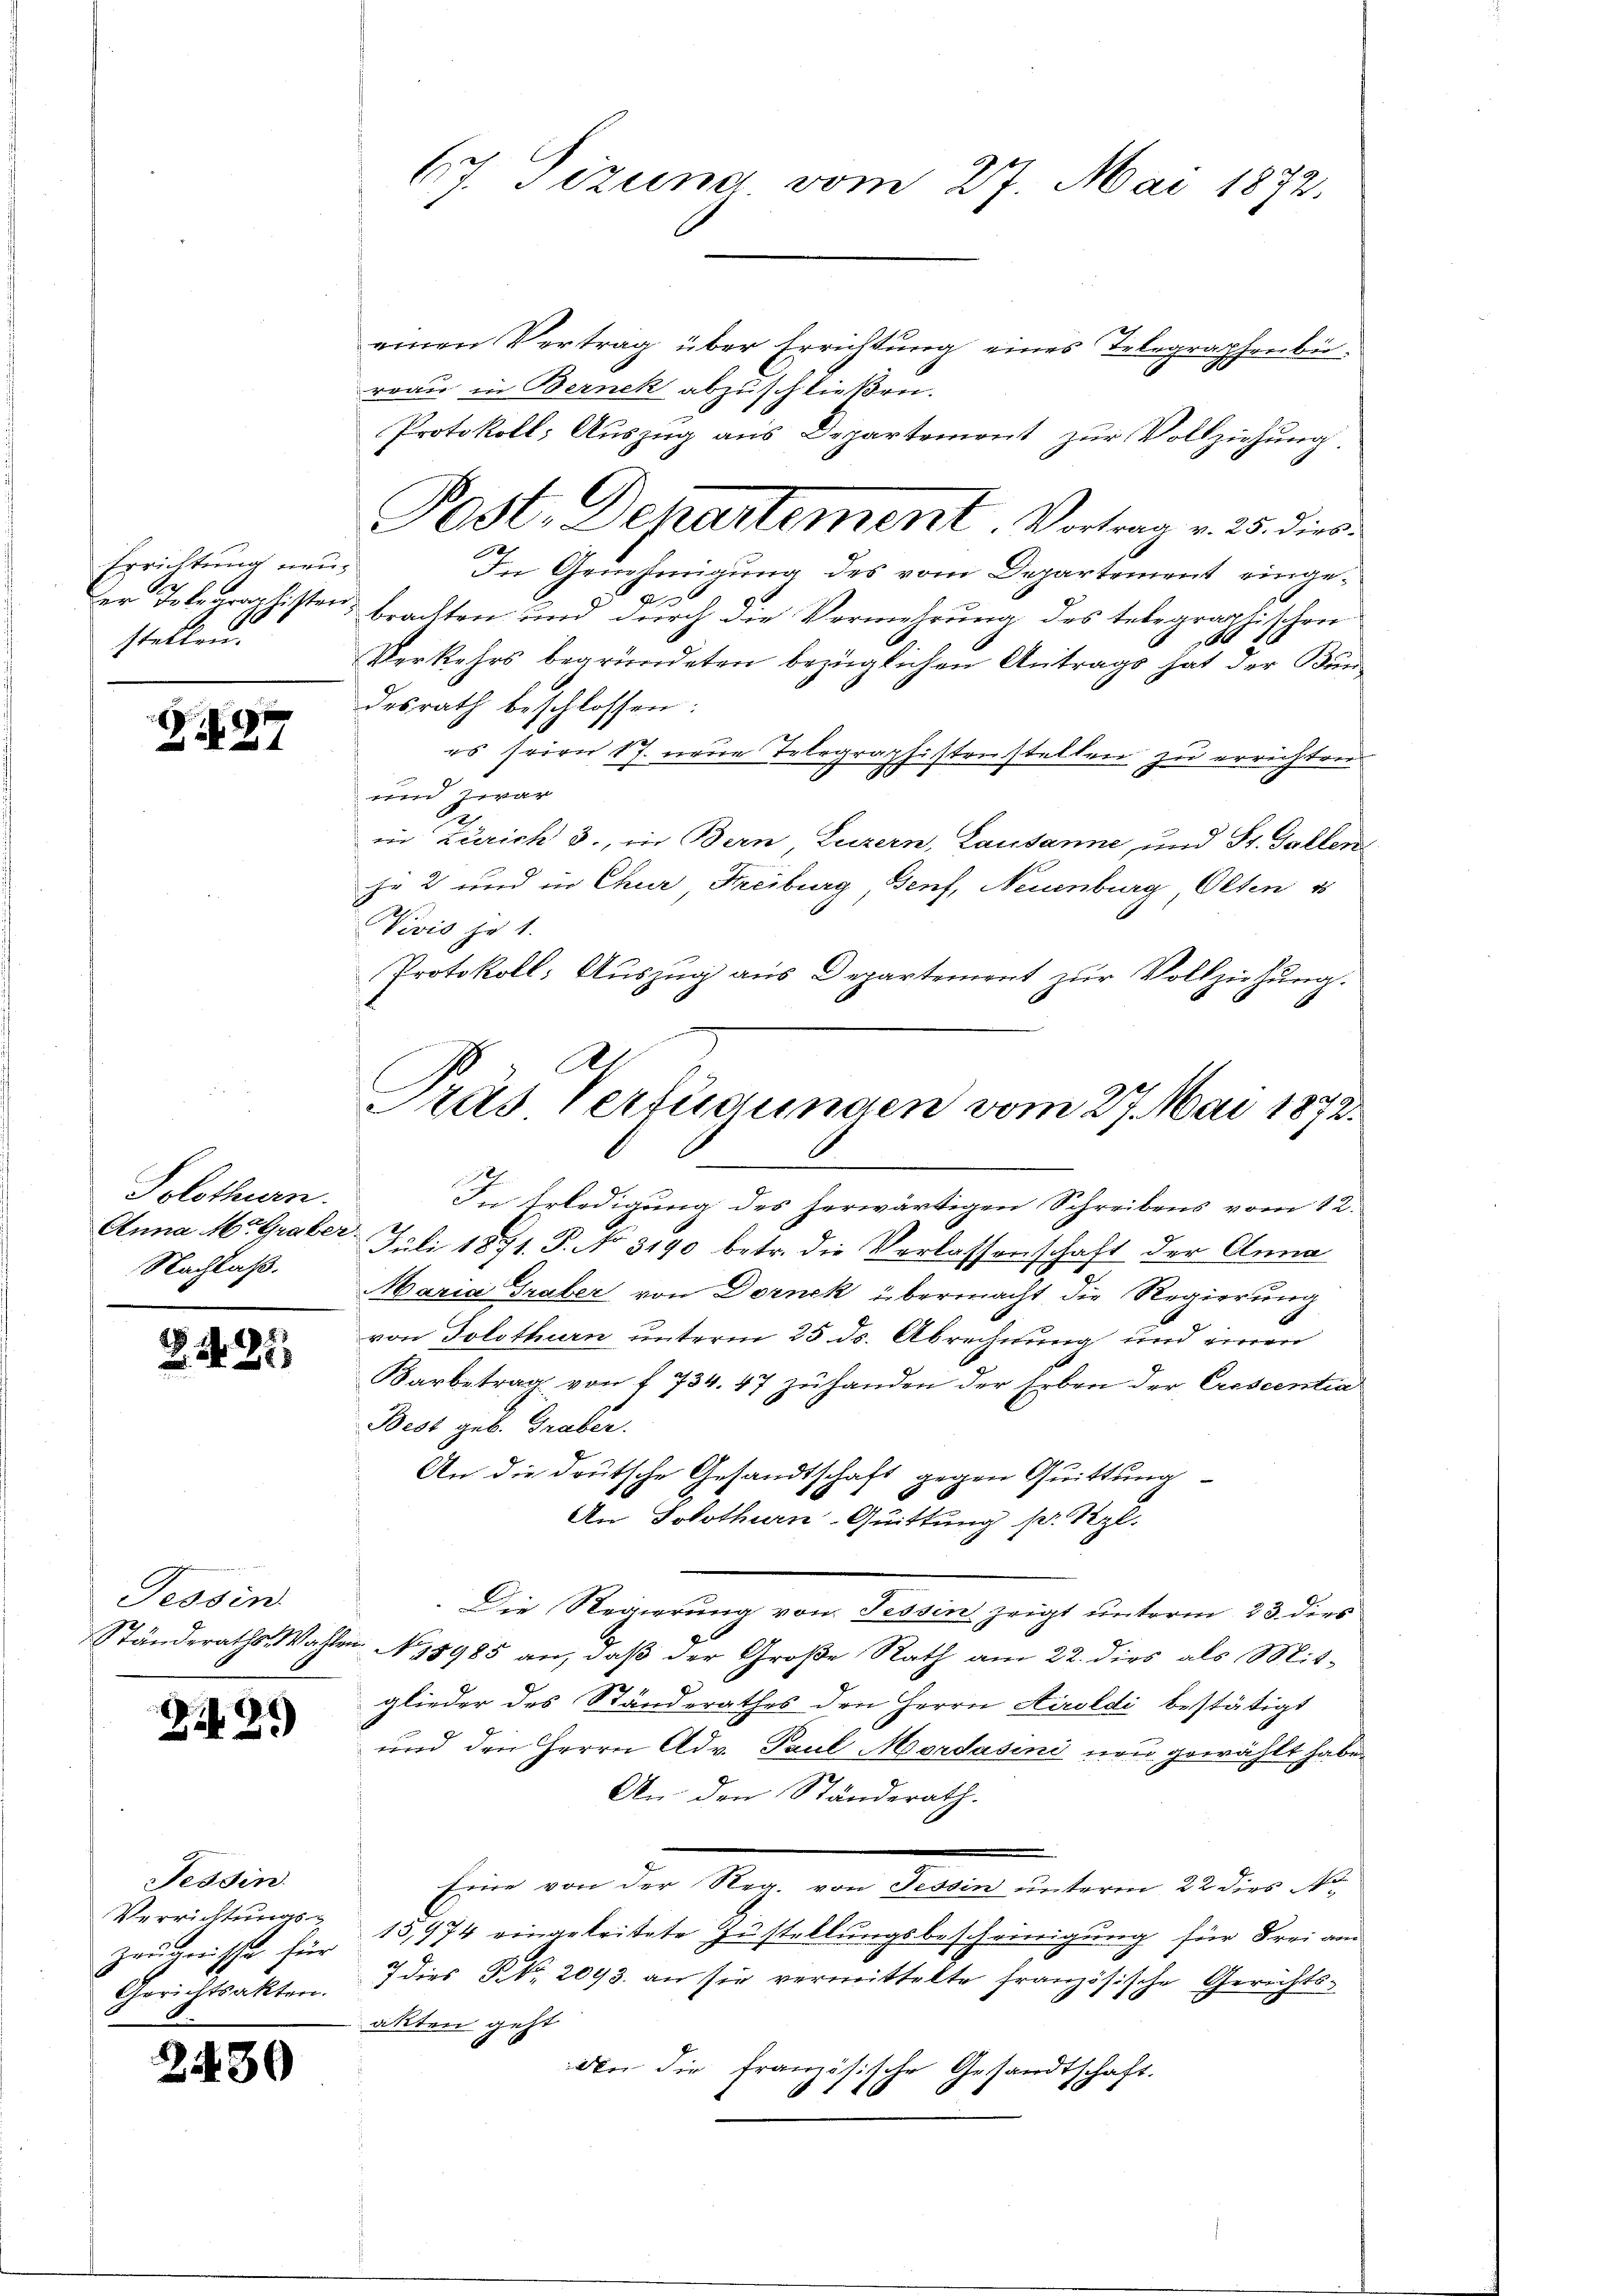
Errichtung neuer Totearaphister
stellen.

Z 277

Solothurn.
Nachlaß.

u

N. 25

Tessin

Z 29

Tessin.
Verrichtungs-
Zeugnisse für
Gerichtsakten.

2430

einen Vertrag über Errichtung eines Telegraphenbü
reau in Berneck abzuschließen.
Protokoll; Auszug aus Departement zur Vollziehung.
e
In Genehmigung des vom Departement einge¬
u. brachten und durch die Vermehrung des telegraphischen
A
Verkehrs begründeten bezüglichen Antrags hat der Bundesrath beschlossen:
es seien 17. neue Telegraphistenstellen zu errichten.
N
und zwar
2
in Zürich 3., in Bern, Luzern, Lausanne und St. Gallen
hr 2 und in Chur, Freiburg, Genf, Neuenburg, Olten u
Vivis jo 1.
Protokoll: Auszug aus Departement zŭr Vollziehung.
In Erledigung des herwärtigen Schreibens vom 12.
Anna Mo. Graber Juli 1871. P. No 3190 betr. die Verlassenschaft der Anna
Maria Graber von Dornek übermacht die Regierung
von Solothurn unterm 25. ds. Abrechnung und einen
Karbetrag von f. 734. 47 zu handen der Erben der Crescentia
Best geb. Graber
An die deutsche Gesandtschaft gegen Quittung
An Solothurn-Quittung pr. Kgl.
Die Regierung von Tessin zeigt unterm 23. dies
Ständeraths- Wahlen. N. 11985 an, daß der Große Rath am 22. dies als Mitglieder des Standerathes den Herrn Airoldi bestätigt
und den Herrn Adv. Paul Mordasini neu gewählt habe.
An den Ständerath.
Eine von der Reg. von Tessin unterm 22 dies No
13,974 eingeleitete Zustellungsbescheinigung für Frei am
7 dies Fr. 2093. an sie vermittelte französische Gerichts-
akten geht
din die französische Gesandtschaft.
1
1

67. Tizung, vom 27. Mai 1872.

C

Post. Denartement. Vortrag v. 25. dies

Al
Pras Verfügungen vom 27. Mai 1872.
2